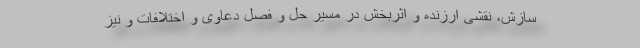
سازش، نقشی ارزنده و اثربخش در مسیر حل و فصل دعاوی و اختلافات و نیز